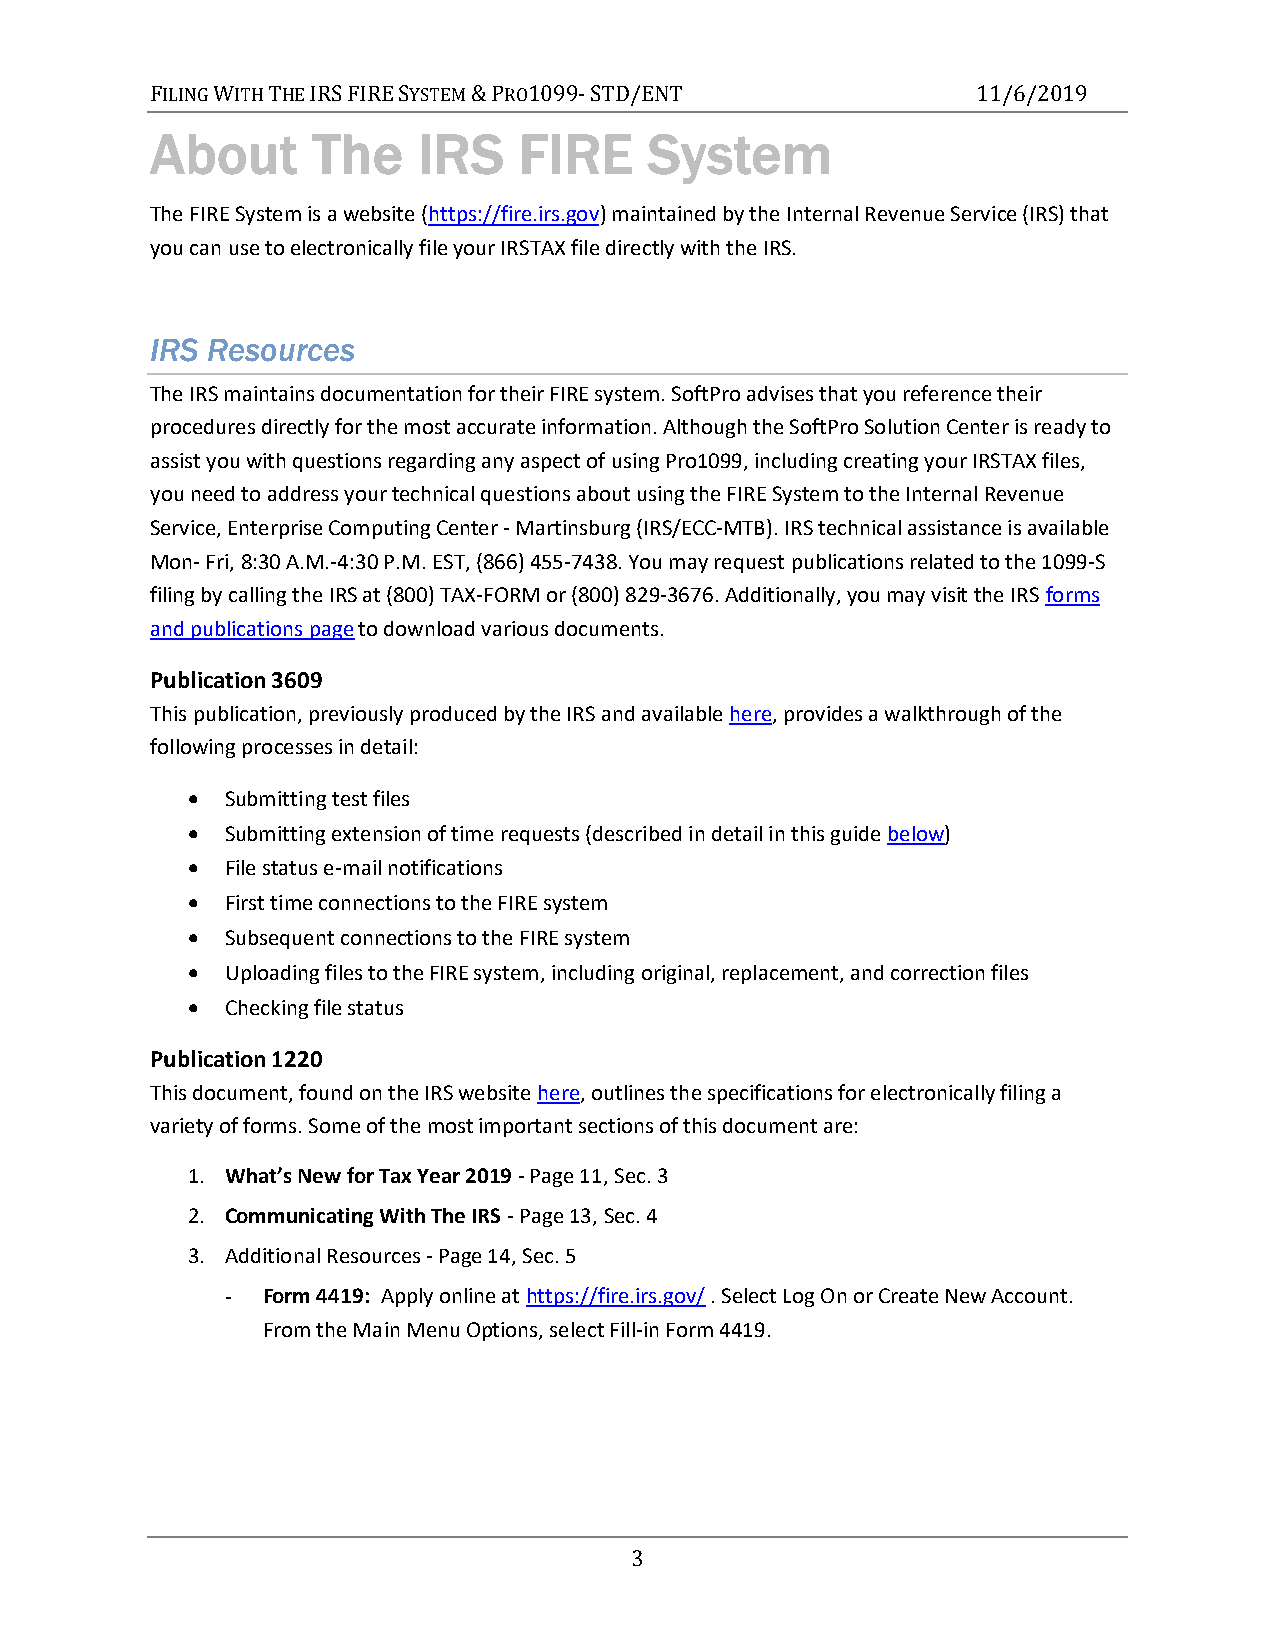
FILING WITH THE IRS FIRE SYSTEM & PRO1099- STD/ENT     11/6/2019
 About      The    IRS   FIRE     System
 The FIRE System is a website (https://fire.irs.gov) maintained by the Internal Revenue Service (IRS) that
 you can use to electronically file your IRSTAX file directly with the IRS.
 IRS Resources
 The IRS maintains documentation for their FIRE system. SoftPro advises that you reference their
 procedures directly for the most accurate information. Although the SoftPro Solution Center is ready to
 assist you with questions regarding any aspect of using Pro1099, including creating your IRSTAX files,
 you need to address your technical questions about using the FIRE System to the Internal Revenue
 Service, Enterprise Computing Center - Martinsburg (IRS/ECC-MTB). IRS technical assistance is available
 Mon- Fri, 8:30 A.M.-4:30 P.M. EST, (866) 455-7438. You may request publications related to the 1099-S
 filing by calling the IRS at (800) TAX-FORM or (800) 829-3676. Additionally, you may visit the IRS forms
 and publications page to download various documents.
 Publication 3609
 This publication, previously produced by the IRS and available here, provides a walkthrough of the
 following processes in detail:
   Submitting test files
   Submitting extension of time requests (described in detail in this guide below)
   File status e-mail notifications
   First time connections to the FIRE system
   Subsequent connections to the FIRE system
   Uploading files to the FIRE system, including original, replacement, and correction files
   Checking file status
 Publication 1220
 This document, found on the IRS website here, outlines the specifications for electronically filing a
 variety of forms. Some of the most important sections of this document are:
 1. What’s New for Tax Year 2019 - Page 11, Sec. 3
 2. Communicating With The IRS - Page 13, Sec. 4
 3. Additional Resources - Page 14, Sec. 5
 - Form 4419: Apply online at https://fire.irs.gov/ . Select Log On or Create New Account.
 From the Main Menu Options, select Fill-in Form 4419.
 3